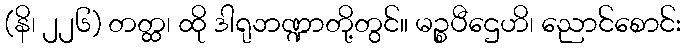
(နိ၊ ၂၂၆) တတ္ထ၊ ထို ဒါရုဘဏ္ဍာတို့တွင်။ မဉ္စပီဌေဟိ၊ ညောင်စောင်း